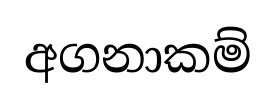
අගනාකම්